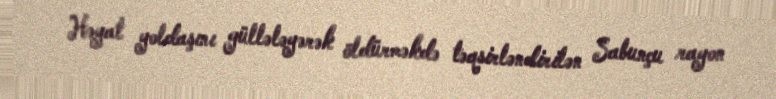
Həyat yoldaşını güllələyərək öldürməkdə təqsirləndirilən Sabunçu rayon